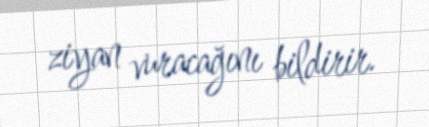
ziyan vuracağını bildirir.